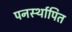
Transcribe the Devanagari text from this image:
पनर्स्थापित